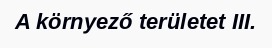
A környező területet III.